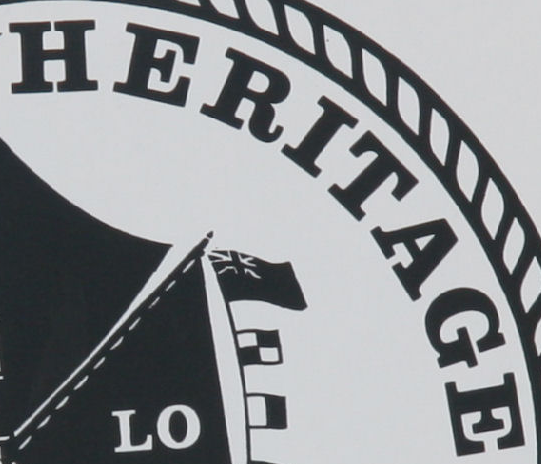
HERITAGE